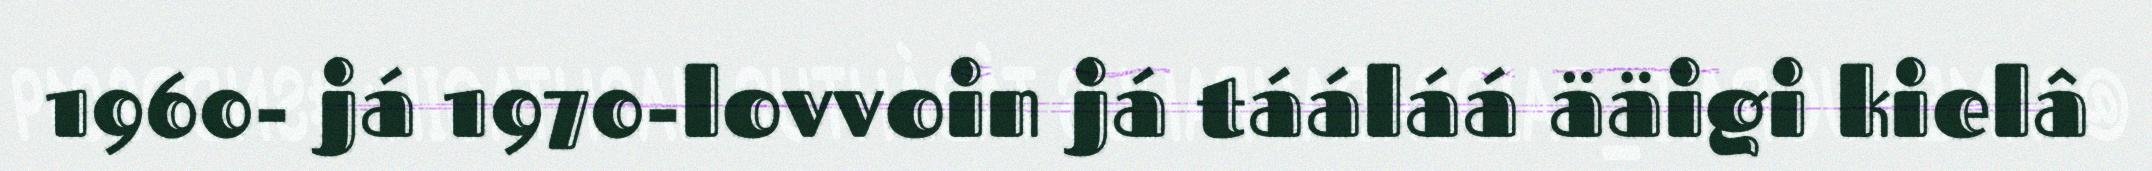
1960- já 1970-lovvoin já tááláá ääigi kielâ